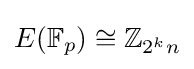
E(\mathbb {F} _{p})\cong \mathbb {Z} _{2^{k}n}